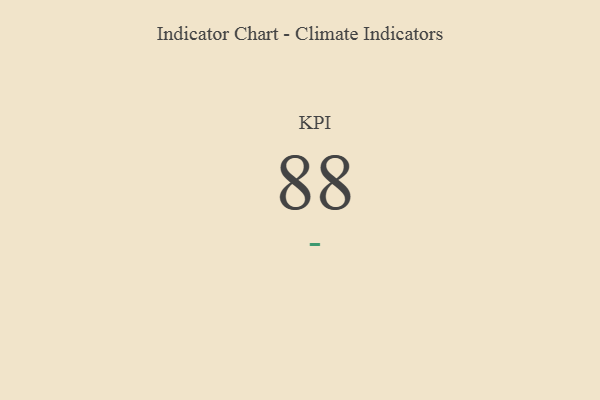
{"axis": {"x": "KPI", "y": "Value"}, "legend": [""], "data": [{"x": "KPI", "y": 88, "type": ""}]}